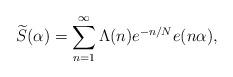
LaTeX: \begin{align*}\widetilde{S}(\alpha)=\sum_{n=1}^{\infty}\Lambda(n) e^{-n/N}e(n\alpha),\end{align*}